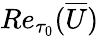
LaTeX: Re_{\tau_{0}}(\overline{{U}})